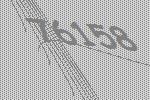
76158